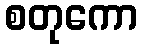
စတုကော